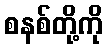
စနစ်တို့ကို